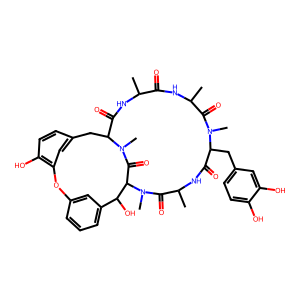
SMILES: CC1NC(=O)C2Cc3ccc(O)c(c3)Oc3cccc(c3)C(O)C(C(=O)N2C)N(C)C(=O)C(C)NC(=O)C(Cc2ccc(O)c(O)c2)N(C)C(=O)C(C)NC1=O
Inhibits HIV replication: No